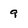
Character: 9